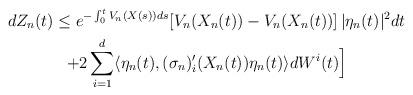
LaTeX: \begin{gather*}dZ_{n} (t) \le e^{- \int_0^t V_{n}(X(s)) ds} [ V_{n}(X_{n}(t)) - V_{n}(X_{n}(t))] \, |\eta_{n}(t)|^2 dt\\ + 2 \sum_{i=1}^d \langle \eta_{n}(t), (\sigma_{n})_i'(X_{n}(t)) \eta_{n}(t) \rangle dW^i(t)\Big]\end{gather*}